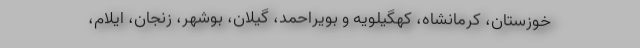
خوزستان، کرمانشاه، کهگیلویه و بویراحمد، گیلان، بوشهر، زنجان، ایلام،